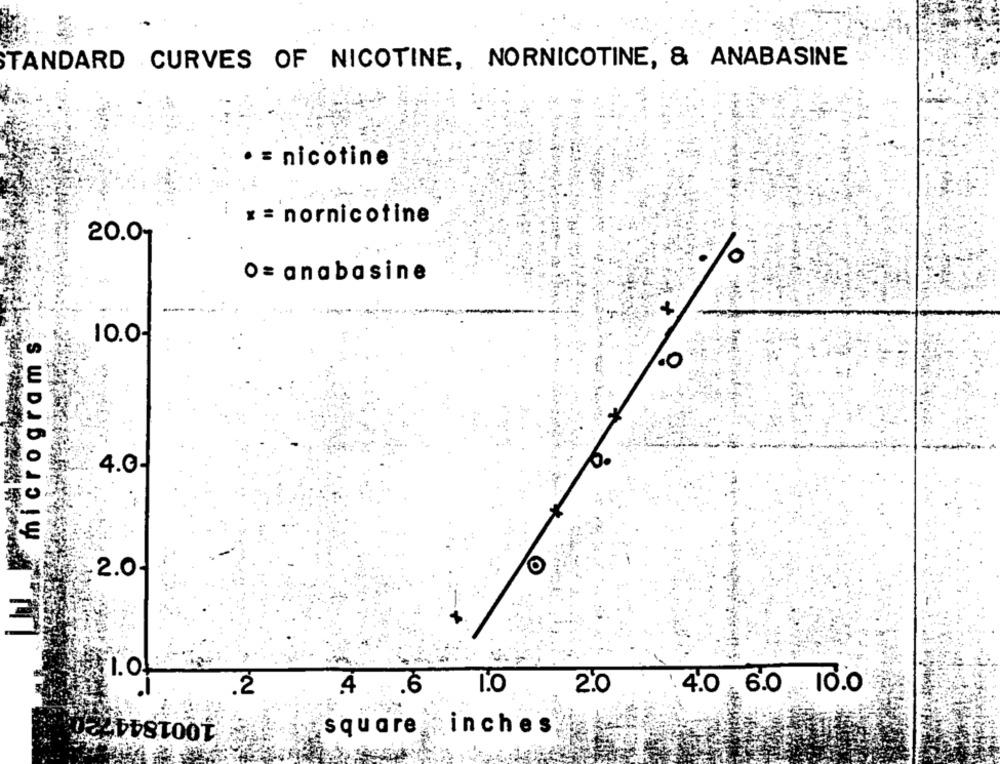
STANDARD CURVES OF NICOTINE, NORNICOTINE, & ANABASINE
= nicotine
x = nornicotine
20.0-
0= anabasine
bay micrograms
10.0-
4.0-
2.0-
1.04
1.0
2.0
4.0 6.0 10.0
.2
.6
1001844
square
inches,